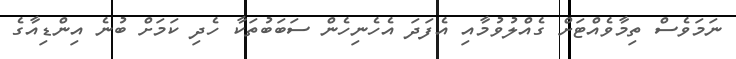
ނަމަވެސް ތިމާވެއްޓަށް ގެއްލުވުމާއި އެފަދަ އެހެނިހެން ސަބަބުތަކާ ހެދި ކަމަށް ބުނެ އިންޑިއާގެ